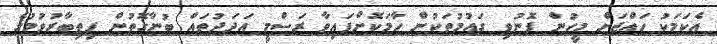
އެކަމަކު ހައްޖަށް މީހުން ފޮނުވި ގައުމުތަކުން ހާމަކޮށްފައިވާ ރަސްމީ އަދަދުތައް ބުނާގޮތުން ފިތިބާރުވުމުގެ